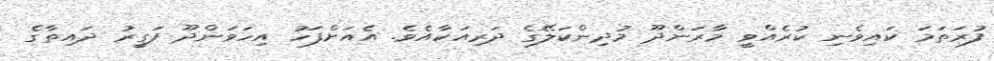
ފުރަތަމަ ކައިވެނި ކުރެއްވީ މާރަންދޫ މުދިންކަލޭގެ ދަރިއަކާއެވެ. އެއަށްފަހު އިހަވަންދޫ ފަގީރު ދައިތާގެ